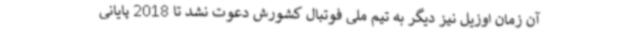
آن زمان اوزیل نیز دیگر به تیم ملی فوتبال کشورش دعوت نشد تا 2018 پایانی